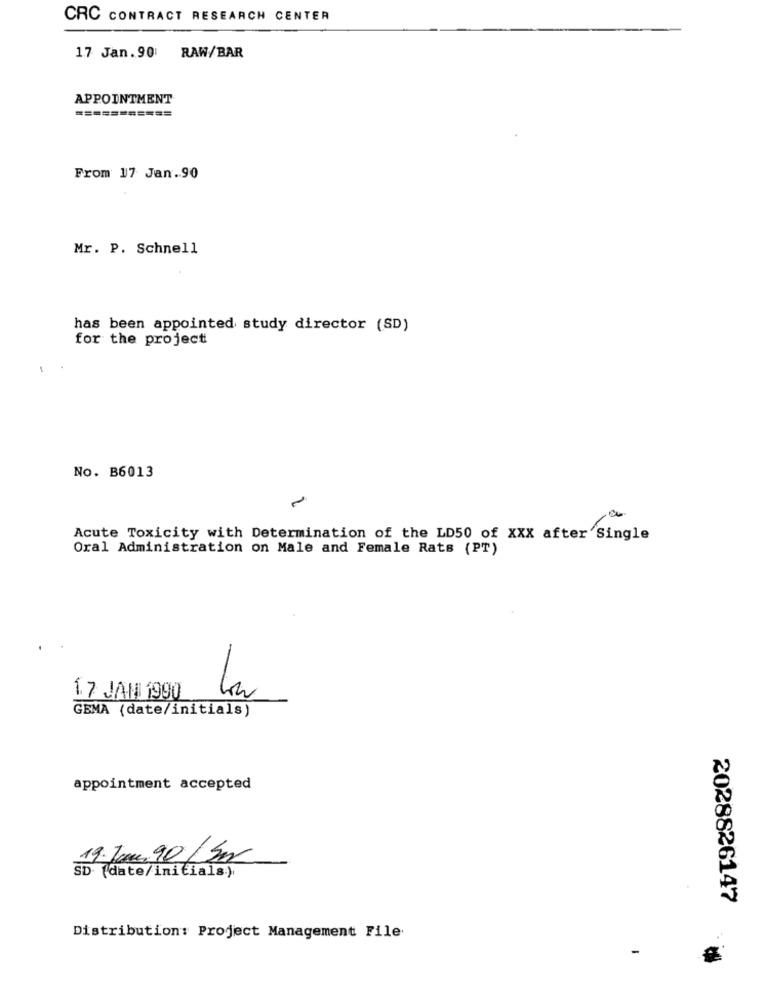
CRC CONTRACT RESEARCH CENTER
17 Jan. 90 RAW/BAR
APPOINTMENT
===========
From 17 Jan.90
Mr. P. Schnell
has been appointed study director (SD)
for the project
No. B6013
-
Acute Toxicity with Determination of the LD50 of XXX after Single
Oral Administration on Male and Female Rats (PT)
-
17 JAN 1990
GEMA (date/initials)
appointment accepted
19.Jan.90 Sm
SD (date/initials:)
2028826147
Distribution: Project Management File